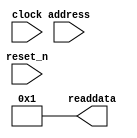
module altera_avalon_sysid_qsys #(
    parameter ID_VALUE   = 1,
    parameter TIMESTAMP  = 1
)(
    // inputs:
     address,
     clock,
     reset_n,
    
    // outputs:
     readdata
)
;

  output  [ 31: 0] readdata;
  input            address;
  input            clock;
  input            reset_n;

  wire    [ 31: 0] readdata;
  //control_slave, which is an e_avalon_slave
  assign readdata = address ? TIMESTAMP : ID_VALUE;

endmodule